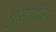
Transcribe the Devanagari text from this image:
गुड़गंव